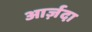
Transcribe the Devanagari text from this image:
आर्ज़दा